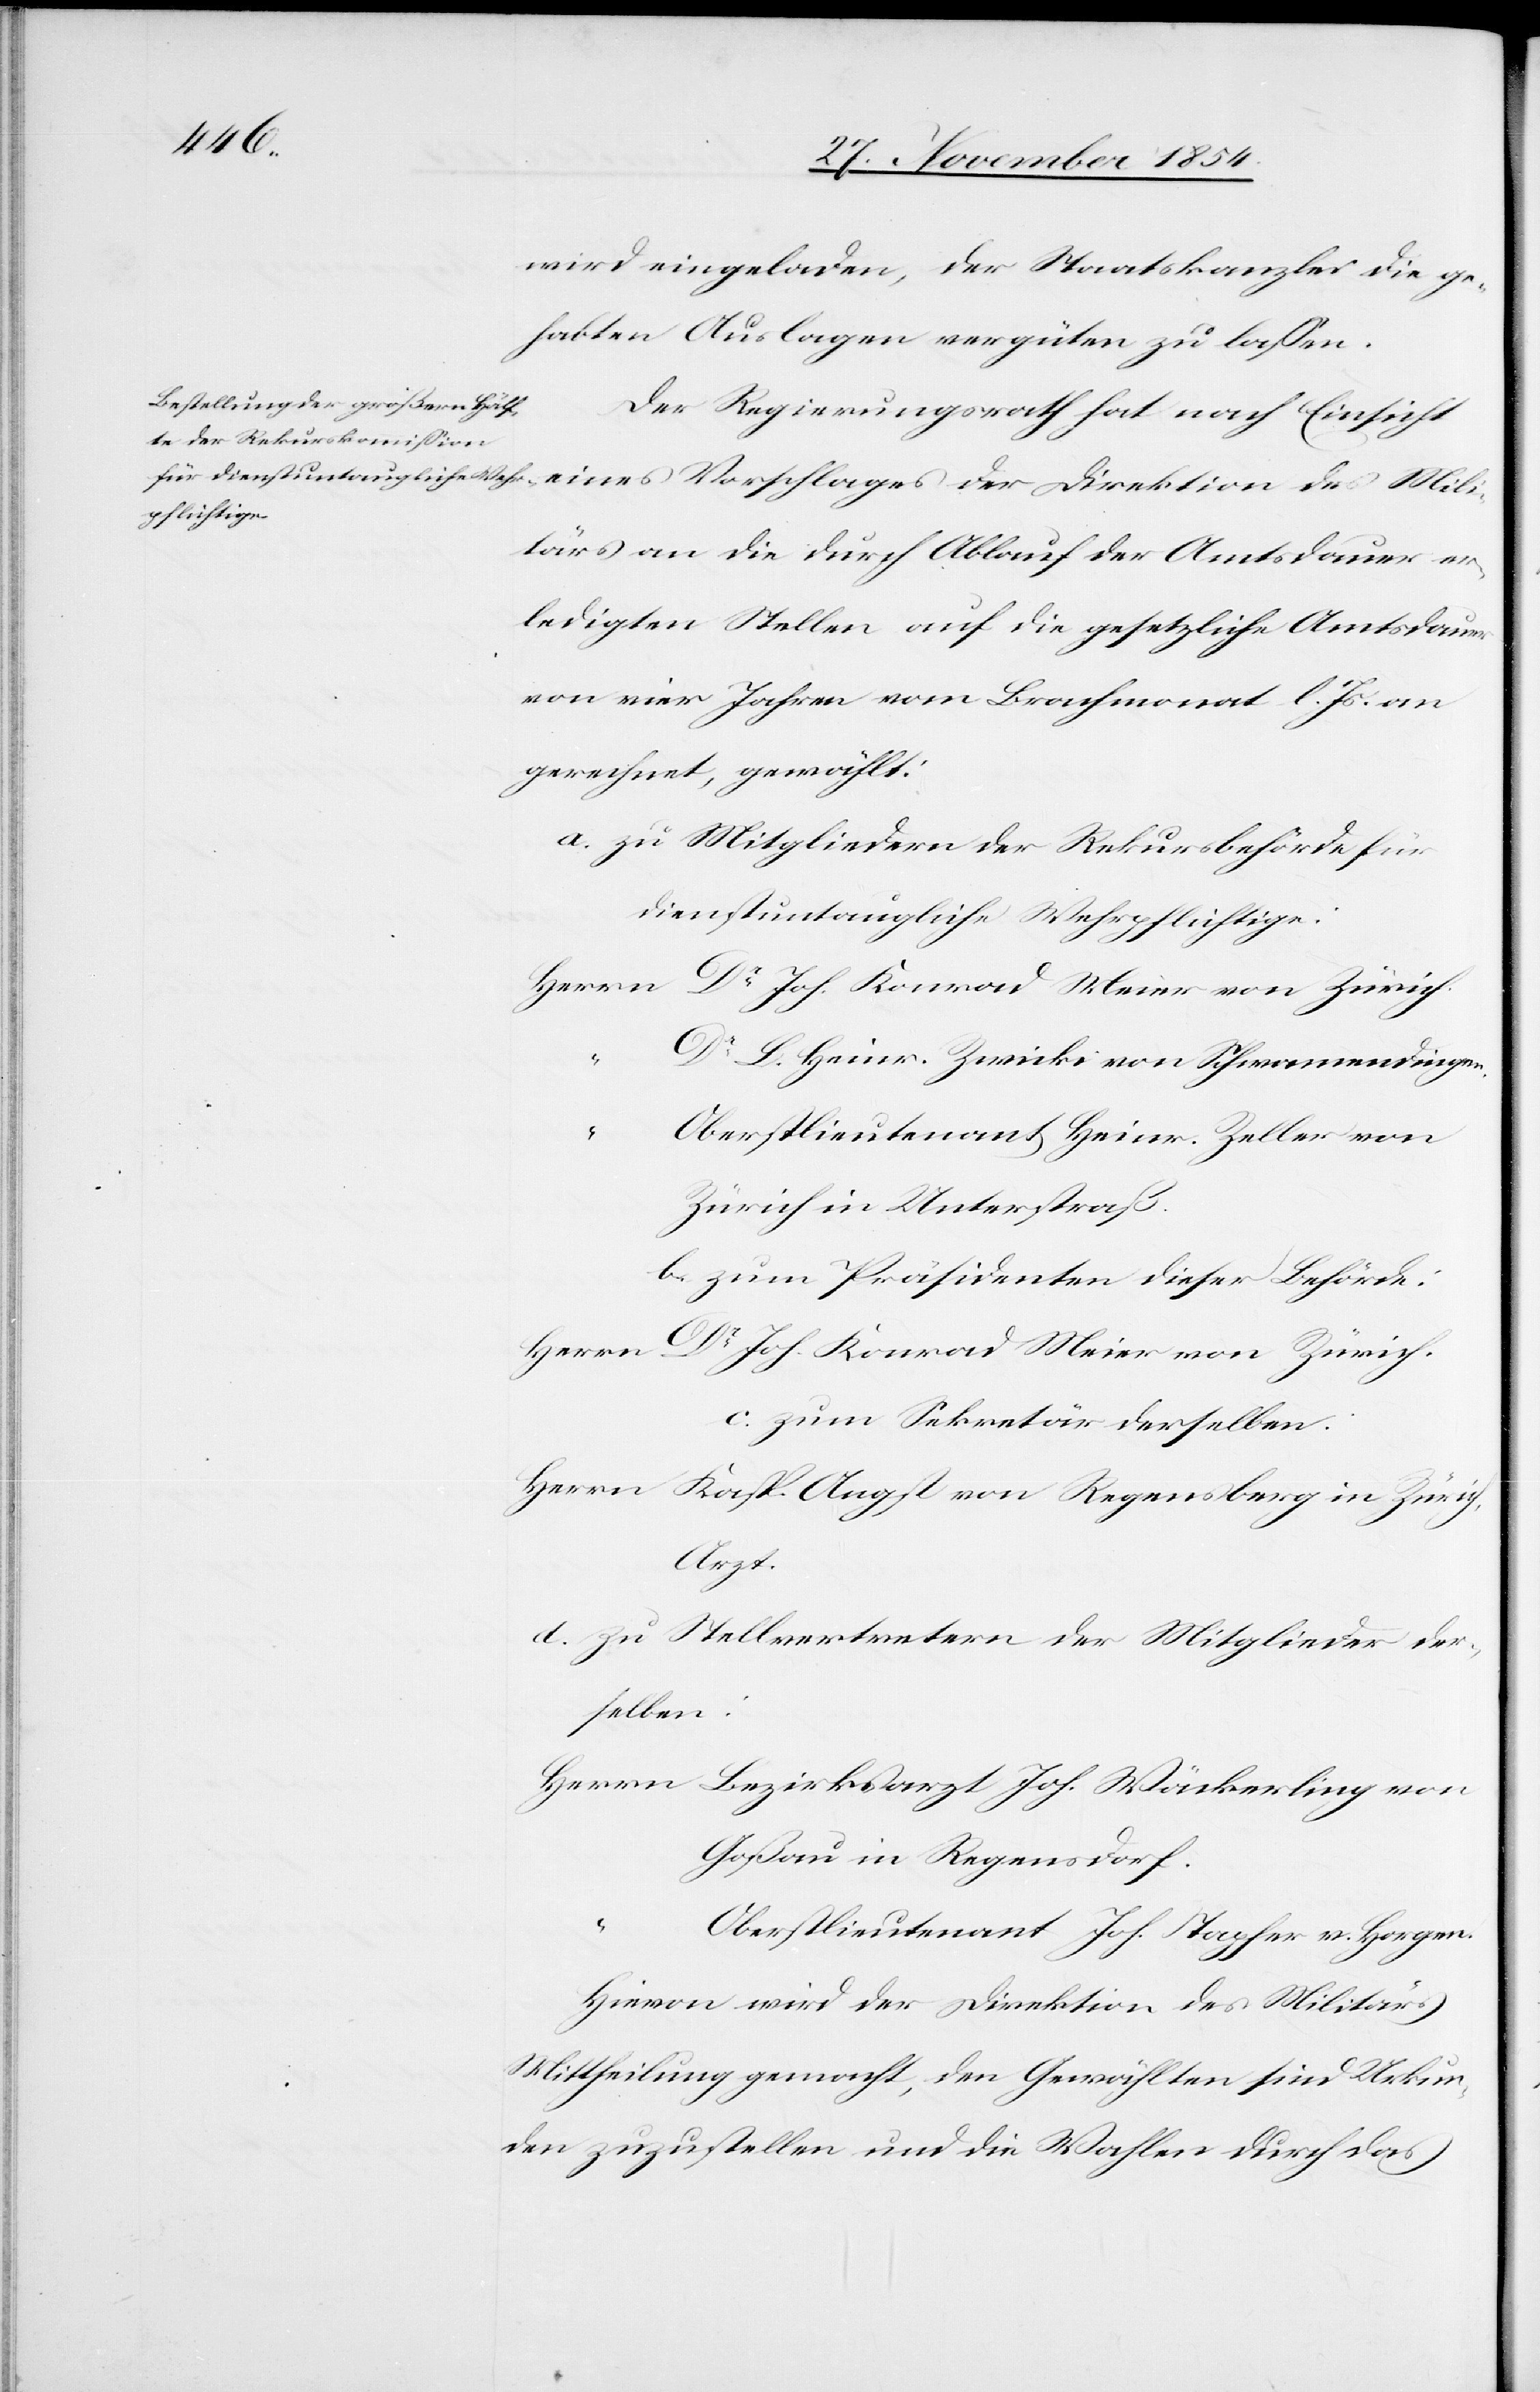
wird eingeladen, der Staatskanzlei die ge¬
habten Auslagen vergüten zu laßen.
Der Regierungsrath hat nach Einsicht
tärs an die durch Ablauf der Amtsdauer er¬
ledigten Stellen auf die gesetzliche Amtsdauer
von vier Jahren vom Brachmonat l. Js. an
gerechnet, gewählt:
a. zu Mitgliedern der Rekursbehörde für
dienstuntaugliche Wehrpflichtige:
Herrn Dr Joh. Konrad Meier von Zürich.
“
Dr L. Heinr. Zwicki von Schwamendingen.
Oberstlieutenant Heinr. Zeller von
Zürich in Unterstraß.
b. zum Präsidenten dieser Behörde:
c. zum Sekretär derselben:
Herrn Kasp. Angst von Regensburg in Zürich,
Arzt.
d. zu Stellvertretern der Mitglieder der¬
selben:
Herrn Bezirksarzt Joh. Wäckerling von
Goßau in Regensdorf.
Oberstlieutenant Joh. Stapfer von Horgen.
Hievon wird der Direktion des Militärs
Mittheilung gemacht, den Gewählten sind Urkun¬
den zuzustellen und die Wahlen durch das